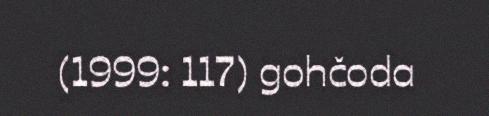
(1999: 117) gohčoda